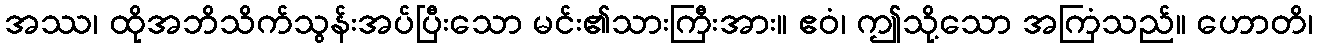
အဿ၊ ထိုအဘိသိက်သွန်းအပ်ပြီးသော မင်း၏သားကြီးအား။ ဧဝံ၊ ဤသို့သော အကြံသည်။ ဟောတိ၊